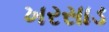
ખરસાડ